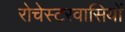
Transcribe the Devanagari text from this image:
रोचेस्टरवासियों